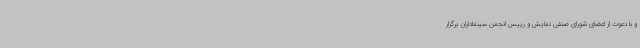
و با دعوت از اعضای شورای صنفی نمایش و رییس انجمن سینماداران برگزار